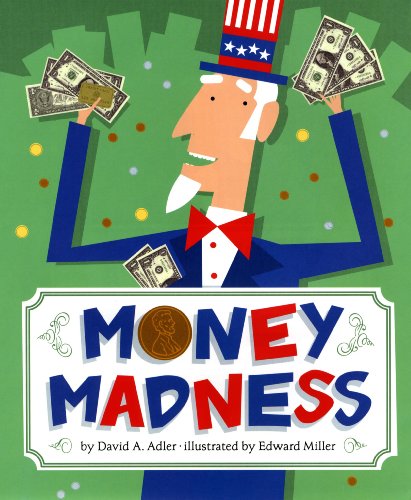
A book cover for Money Madness; David A. Adler; Children's Books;